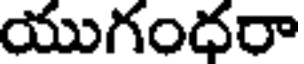
యుగంధరా